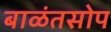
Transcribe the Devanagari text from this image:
बाळंतसोप